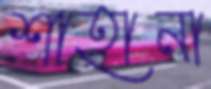
শাহানা